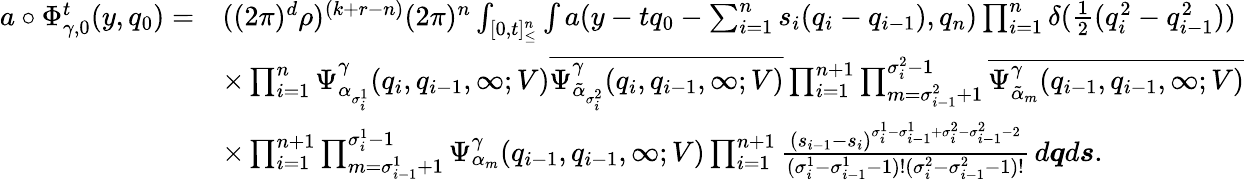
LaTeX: \begin{array}{rl}{a\circ\Phi_{\gamma,0}^{t}(y,q_{0})=}&{((2\pi)^{d}\rho)^{(k+r-n)}(2\pi)^{n}\int_{[0,t]_{\leq}^{n}}\int a(y-tq_{0}-\sum_{i=1}^{n}s_{i}(q_{i}-q_{i-1}),q_{n})\prod_{i=1}^{n}\delta(\frac{1}{2}(q_{i}^{2}-q_{i-1}^{2}))}\\ &{\times\prod_{i=1}^{n}\Psi_{\alpha_{\sigma_{i}^{1}}}^{\gamma}(q_{i},q_{i-1},\infty;V)\overline{{\Psi_{{\tilde{\alpha}}_{{\sigma_{i}^{2}}}}^{\gamma}(q_{i},q_{i-1},\infty;V)}}\prod_{i=1}^{n+1}\prod_{m=\sigma_{i-1}^{2}+1}^{\sigma_{i}^{2}-1}\overline{{\Psi_{{\tilde{\alpha}}_{m}}^{\gamma}(q_{i-1},q_{i-1},\infty;V)}}}\\ &{\times\prod_{i=1}^{n+1}\prod_{m=\sigma_{i-1}^{1}+1}^{\sigma_{i}^{1}-1}\Psi_{\alpha_{m}}^{\gamma}(q_{i-1},q_{i-1},\infty;V)\prod_{i=1}^{n+1}\frac{(s_{i-1}-s_{i})^{\sigma_{i}^{1}-\sigma_{i-1}^{1}+\sigma_{i}^{2}-\sigma_{i-1}^{2}-2}}{(\sigma_{i}^{1}-\sigma_{i-1}^{1}-1)!(\sigma_{i}^{2}-\sigma_{i-1}^{2}-1)!}\, d\boldsymbol{q}d\boldsymbol{s}.}\end{array}